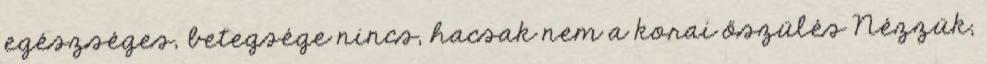
egészséges, betegsége nincs, hacsak nem a korai őszülés Nézzük,